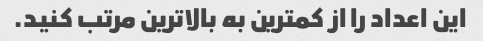
این اعداد را از کمترین به بالاترین مرتب کنید.